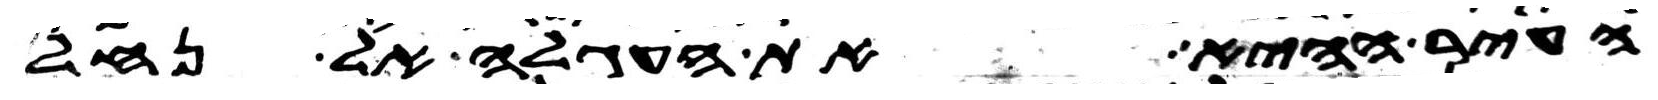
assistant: העיר ההיא את העגלה אל נחל